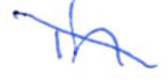
Text: in
Cross-out: diagonal
Writing tool: ballpoint